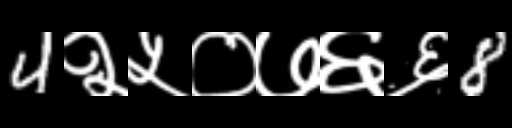
Text: 4२५०७६६8